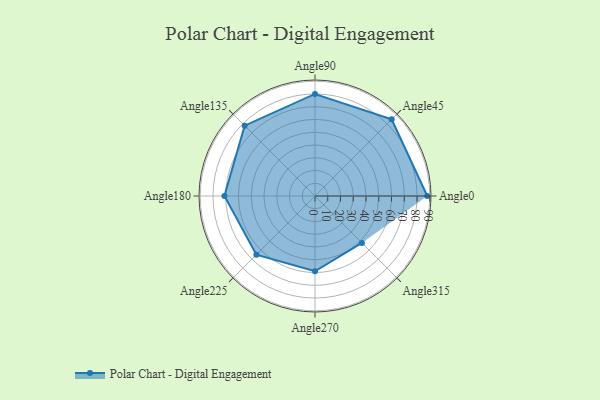
{"axis": {"x": "Angle", "y": "Radius"}, "legend": [""], "data": [{"x": "Angle0", "y": 88.0, "type": ""}, {"x": "Angle45", "y": 85.0, "type": ""}, {"x": "Angle90", "y": 80.0, "type": ""}, {"x": "Angle135", "y": 78.0, "type": ""}, {"x": "Angle180", "y": 71.0, "type": ""}, {"x": "Angle225", "y": 65.0, "type": ""}, {"x": "Angle270", "y": 59.0, "type": ""}, {"x": "Angle315", "y": 52.0, "type": ""}]}